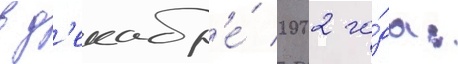
в д'екабр'е́ 2002 го́да: